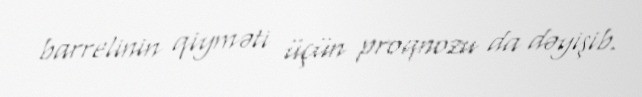
barrelinin qiyməti üçün proqnozu da dəyişib.